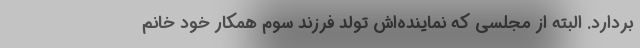
بردارد. البته از مجلسی که نماینده‌اش تولد فرزند سوم همکار خود خانم